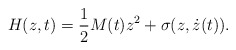
\begin{align*}H(z,t)=\frac{1}{2}M(t)z^{2}+\sigma(z,\dot{z}(t)). \end{align*}